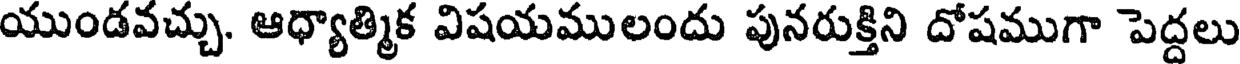
యుండవచ్చు. ఆధ్యాత్మిక విషయములందు పునరుక్తిని దోషముగా పెద్దలు